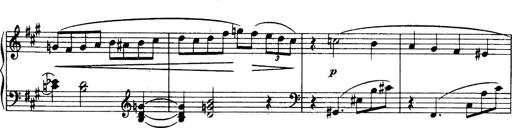
Title: 3 Sonatinas, Op.67
Composer: Jean Sibelius